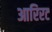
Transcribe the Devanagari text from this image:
आरिरट